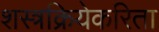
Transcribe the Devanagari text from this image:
शस्त्रक्रियेकरिता